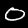
Label: 0